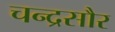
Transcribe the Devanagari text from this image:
चन्द्रसौर